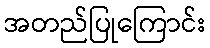
အတည်ပြုကြောင်း